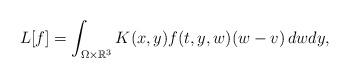
LaTeX: \begin{align*}L[f]=\int_{\Omega\times\mathbb{R}^3}K(x,y)f(t,y,w)(w-v)\,dwdy,\end{align*}